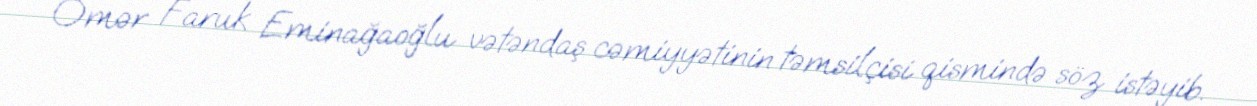
Ömər Faruk Eminağaoğlu vətəndaş cəmiyyətinin təmsilçisi qismində söz istəyib.